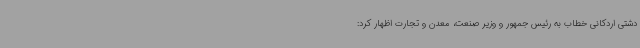
دشتی اردکانی خطاب به رئیس جمهور و وزیر صنعت، معدن و تجارت اظهار کرد: